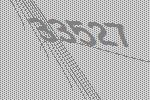
33527